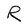
Character: R